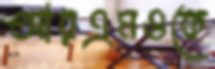
আরএমওকে